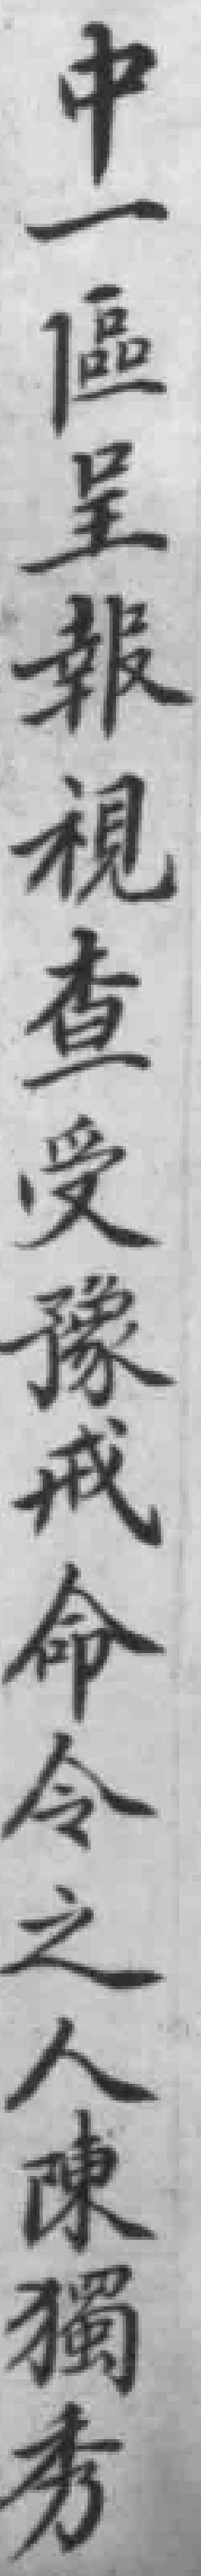
中一區呈報視查受豫戒命令之人陳獨秀